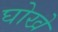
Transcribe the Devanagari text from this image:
घोखे